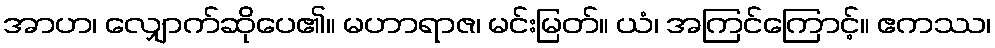
အာဟ၊ လျှောက်ဆိုပေ၏။ မဟာရာဇ၊ မင်းမြတ်။ ယံ၊ အကြင်ကြောင့်။ ဧကဿ၊